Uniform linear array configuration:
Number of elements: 24
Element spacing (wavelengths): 0.25
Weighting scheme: binomial
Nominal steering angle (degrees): -15
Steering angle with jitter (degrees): -13.218
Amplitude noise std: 0.05
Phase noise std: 0.05

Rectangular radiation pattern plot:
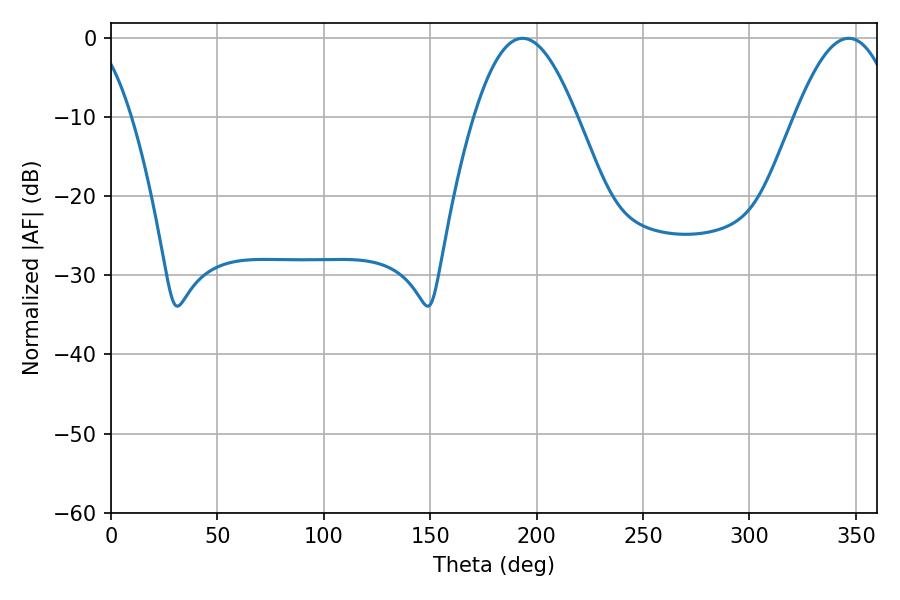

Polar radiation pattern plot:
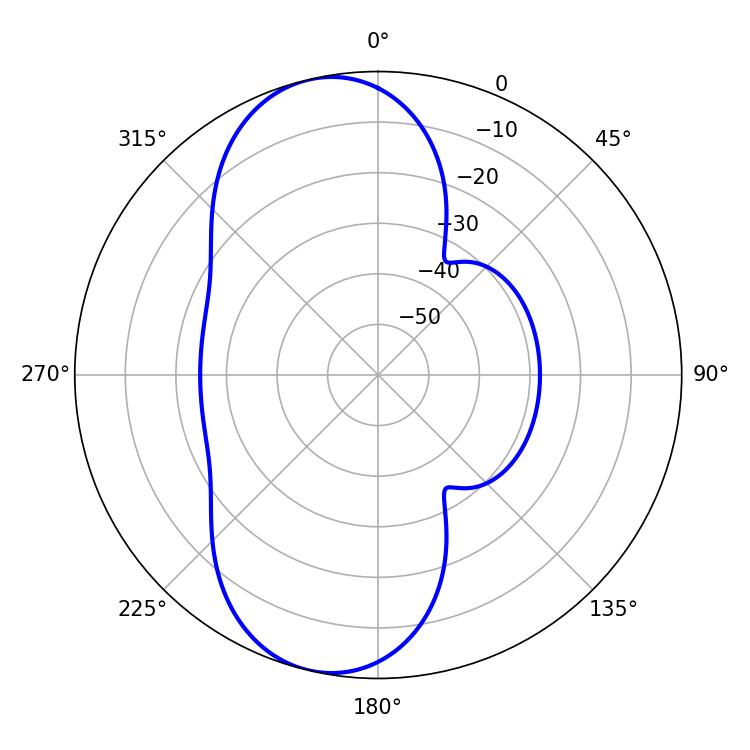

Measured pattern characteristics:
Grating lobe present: FALSE
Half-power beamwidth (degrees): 26.1
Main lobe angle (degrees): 193.32